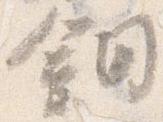
鈿